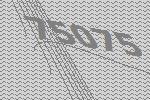
75075